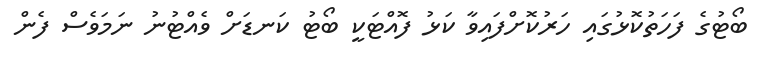
ބޯޓުގެ ފަހަތުކޮޅުގައި ހަރުކޮށްފައިވާ ކަޅު ފޮއްޓަކީ ބޯޓު ކަނޑަށް ވެއްޓުނު ނަމަވެސް ފެން